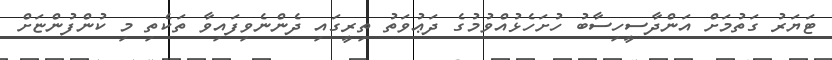
ޓަޔަރު ގަތުމަށް އަންދާސީހިސާބު ހުށަހެޅުއްވުމުގެ ދަޢުވަތު ތިރީގައި ދެންނެވިފައިވާ ތަކެތި މި ކުންފުންޏަށް